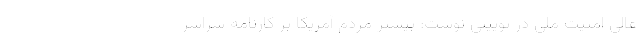
عالی امنیت ملی در توییتی نوشت: بیشتر مردم آمریکا بر کارنامه سراسر